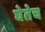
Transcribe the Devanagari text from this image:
घेतेच